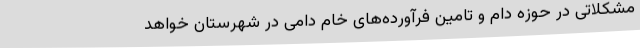
مشکلاتی در حوزه دام و تامین فرآورده‌های خام دامی در شهرستان خواهد